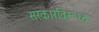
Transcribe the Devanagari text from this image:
सरकारविरूध्द